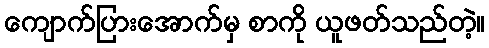
ကျောက်ပြားအောက်မှ စာကို ယူဖတ်သည်တဲ့။